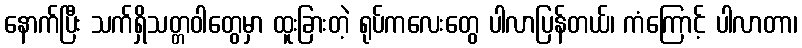
နောက်ပြီး သက်ရှိသတ္တဝါတွေမှာ ထူးခြားတဲ့ ရုပ်ကလေးတွေ ပါလာပြန်တယ်၊ ကံကြောင့် ပါလာတာ၊